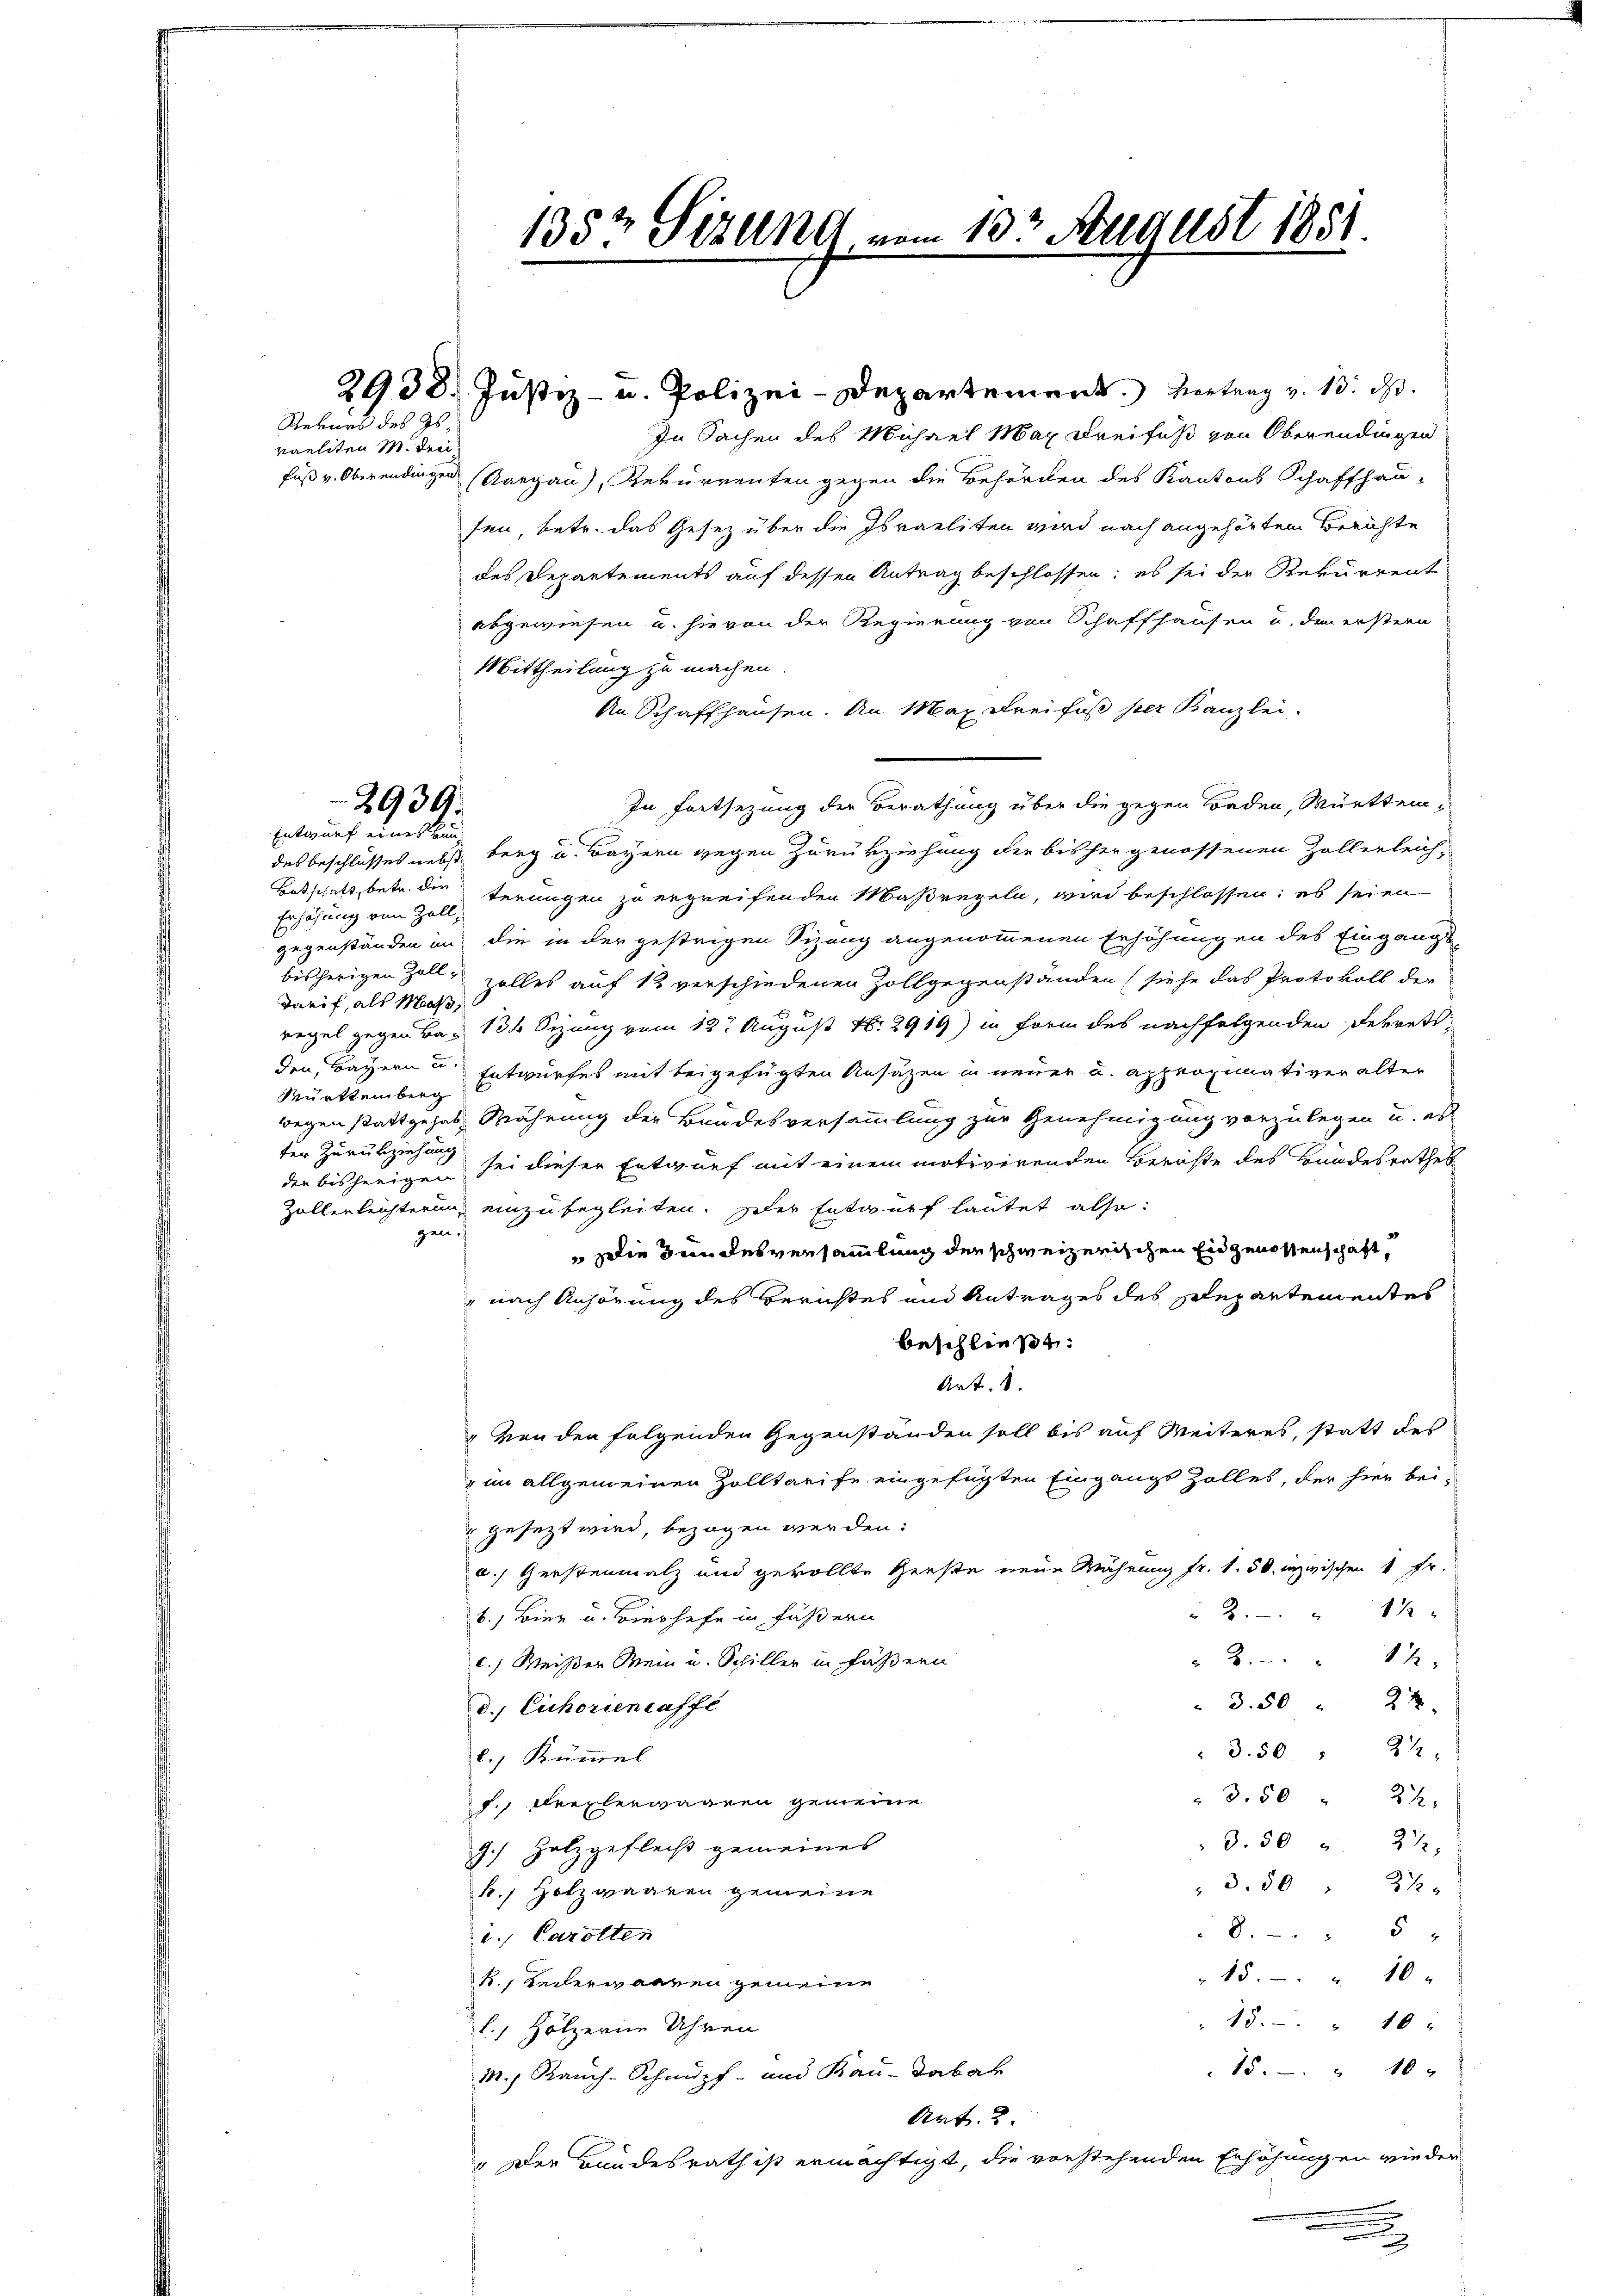
Rekurs des Gsraeliten M. Drei

In Sachen des Michael Max Dreifuß von Oberendingen
fuß v. Oberendingen (Aargau), Rekurrenten gegen die Behörden des Kantons Schaffhau
sen, betr. das Gesetz über die Israeliten wird nach angehörten Berichte
des Departements auf dessen Antrag beschlossen; es sei der Rekurrent
abgewiesen u. hievon der Regierung von Schaffhausen u. den erstern
Mittheilung zu machen.
An Schaffhausen. An Max Dreifuß per Kanzlei-
In Fortsezung der Berathung über die gegen Baden, Württemdes beschlusses nebst berg u. Bayern gegen Zurükziehung die bisher genossenen Zollerleich¬
Betschaft, betr. die terungen zu ergreifenden Maßregeln, wird beschlossen: es seien
Erhöhung von Zoll,
gegenständen in die in der gestrigen Sizung angenommenen Erhöhungen des Eingangs-
bisherigen Zoll- zolles auf 12 verschiedenen Zollgegenständen (siehe das Protokoll der
Tarif, als Maaß,
regel gegen Bau 134 Sizung vom 12t August No. 2919) in Form des nachfolgenden Ferrett
den, Bayern u. Entwurfes mit beigefügten Ansätzen in neuer u. approximativer alter
Württemberg
wegen stattgehab. Währung der Bundesversammlung zur Genehmigung vorzulegen u. er-
ter Zurückziehung
der bisherige sei dieser Entwurf mit einem motivirenden Beröste des Bandesrathes
Zollerleichterung einzubegleiten. Der Entwurf lautet, also:
gen.
Die Bundesversammlung der schweizerischen Eidgenossenschaft
" nach Anhörung des Berichtes und Antrages des separtementes
beschließt:
Art.
„Von den folgenden Gegenständen soll bis auf Weiteres, statt des
im allgemeinen Zolltarife eingefügten Eingangs Zolles, der hier bei-
gesezt wird, bezogen werden:
a.) Gerstenmalz und gerollte Genste neue Währung fr. 1.50 inzwischen 1 Fr.
11
 2
b.) Bier u. Bierhofe in Fässern
" 2 " " 12
c.) Weißer Mein u. Schiller in Fasern
3.50 " 22
d.) Eichorientaffe
3.50 " 21
2.) Kümmel
3.50 " 22,
f., Freyberwaaren gemeine
3.50 " 22,
9.) Holzgefleiß gemeines
 3.80 " 22
k. Holzwaaren gemeine
8. 5
i. Carotten
15 " " 10 x
k., Teilerwaaren gemeine
15 " " 10
l., Hölzerne Uhren
15 " " 10 "
M., Rauch-Schnupf- und Kan-Tabak
Art. 2.
" Der Bundesrath ist ermächtigt, die vorstehenden Erhöhungen wieder

2939.
Entwurf eines Kan¬

135½ Sizung vom 13ten August 1851

2938. Justiz- u. Polizei-Departement. Vertrag v. 13. ds.

.